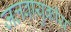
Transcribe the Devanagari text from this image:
जलवायुकीय